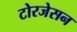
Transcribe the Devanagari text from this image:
टोरजेसन